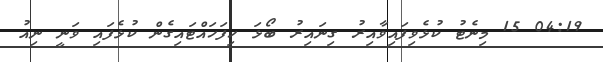
04:19 15 މިނެޓު ކުޅެވިފައިވާއިރު ގިނައިރު ބޯޅަ ހިފަހައްޓައިގެން ކުޅެފައި ވަނީ ނިއު